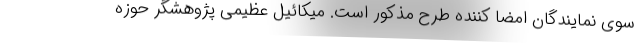
سوی نمایندگان امضا کننده طرح مذکور است. میکائیل عظیمی پژوهشگر حوزه